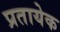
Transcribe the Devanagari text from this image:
प्रतायेक